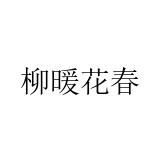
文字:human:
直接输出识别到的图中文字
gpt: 柳暖花春